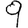
Digit: 9